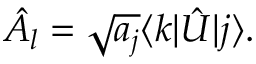
{ \hat { A } } _ { l } = { \sqrt { a _ { j } } } \langle k | { \hat { U } } | j \rangle .